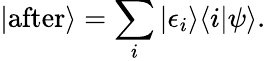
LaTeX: |{\mathrm{after}}\rangle=\sum_{i}|\epsilon_{i}\rangle\langle i|\psi\rangle.